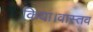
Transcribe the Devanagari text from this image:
किया।वास्तव